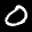
Digit: 0